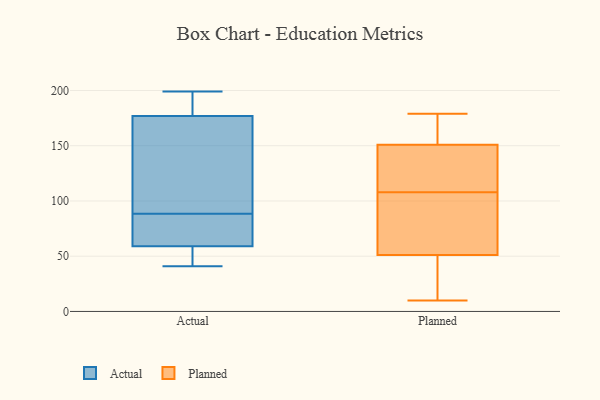
{"axis": {"x": "Tickets Resolved", "y": "Value"}, "legend": ["Actual", "Planned"], "data": [{"x": "", "y": 99, "type": "Actual"}, {"x": "", "y": 53, "type": "Actual"}, {"x": "", "y": 199, "type": "Actual"}, {"x": "", "y": 41, "type": "Actual"}, {"x": "", "y": 193, "type": "Actual"}, {"x": "", "y": 68, "type": "Actual"}, {"x": "", "y": 103, "type": "Actual"}, {"x": "", "y": 117, "type": "Actual"}, {"x": "", "y": 177, "type": "Actual"}, {"x": "", "y": 62, "type": "Actual"}, {"x": "", "y": 59, "type": "Actual"}, {"x": "", "y": 178, "type": "Actual"}, {"x": "", "y": 78, "type": "Actual"}, {"x": "", "y": 58, "type": "Actual"}, {"x": "", "y": 64, "type": "Planned"}, {"x": "", "y": 105, "type": "Planned"}, {"x": "", "y": 31, "type": "Planned"}, {"x": "", "y": 150, "type": "Planned"}, {"x": "", "y": 166, "type": "Planned"}, {"x": "", "y": 34, "type": "Planned"}, {"x": "", "y": 111, "type": "Planned"}, {"x": "", "y": 120, "type": "Planned"}, {"x": "", "y": 84, "type": "Planned"}, {"x": "", "y": 179, "type": "Planned"}, {"x": "", "y": 10, "type": "Planned"}, {"x": "", "y": 38, "type": "Planned"}, {"x": "", "y": 125, "type": "Planned"}, {"x": "", "y": 152, "type": "Planned"}, {"x": "", "y": 163, "type": "Planned"}, {"x": "", "y": 98, "type": "Planned"}]}